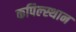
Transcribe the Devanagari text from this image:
कपिल्स्थान